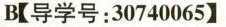
B【导学号:30740065】